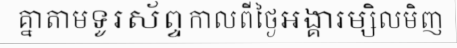
គ្នាតាមទូរស័ព្ទកាលពីថ្ងៃអង្គារម្សិលមិញ